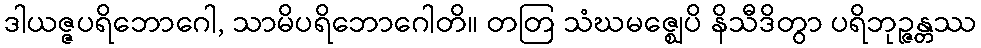
ဒါယဇ္ဇပရိဘောဂေါ, သာမိပရိဘောဂေါတိ။ တတြ သံဃမဇ္ဈေပိ နိသီဒိတွာ ပရိဘုဉ္ဇန္တဿ